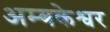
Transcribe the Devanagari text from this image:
अम्बकेश्वर